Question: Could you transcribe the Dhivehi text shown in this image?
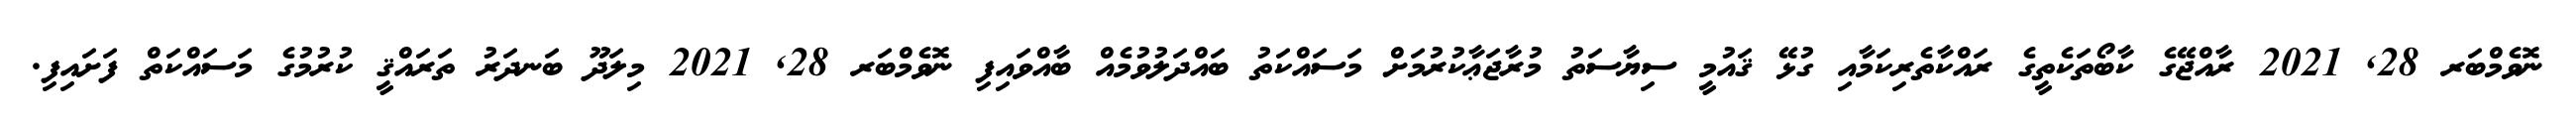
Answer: ނޮވެމްބަރ 28, 2021 ރާއްޖޭގެ ކާބޯތަކެތީގެ ރައްކާތެރިކަމާއި ގުޅޭ ޤައުމީ ސިޔާސަތު މުރާޖަޢާކުރުމަށް މަސައްކަތު ބައްދަލުވުމެއް ބާއްވައިފި ނޮވެމްބަރ 28, 2021 މިލަދޫ ބަނދަރު ތަރައްޤީ ކުރުމުގެ މަސައްކަތް ފަށައިފި.